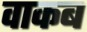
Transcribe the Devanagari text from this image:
वाकब